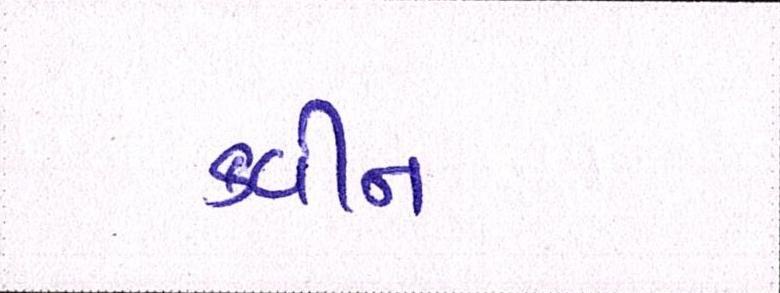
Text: ક્વીન